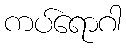
ကပ်ရောဂါ